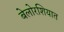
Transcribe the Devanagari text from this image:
बेलोरशियात